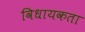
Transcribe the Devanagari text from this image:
विधायकता